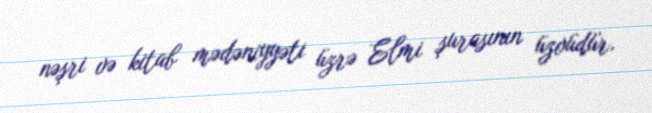
nəşri və kitab mədəniyyəti üzrə Elmi şurasının üzvüdür.